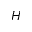
H